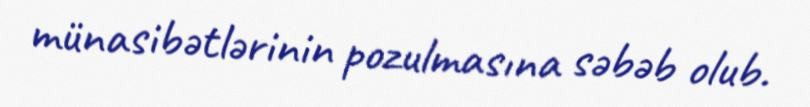
münasibətlərinin pozulmasına səbəb olub.